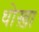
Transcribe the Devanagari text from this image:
धोख़ा